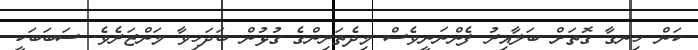
ކަން ހިނގާ ގޮތަށް ބަލާއިރު ފެންނަނީވެސް މިދެތަރިންގެ ގުޅުން ބަދަހިވާ މަންޒަރެވެ. ސަބަބަކީ